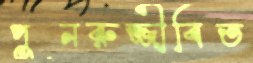
পুনরুজ্জীবিত